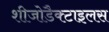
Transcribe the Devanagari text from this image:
शीजोडैक्टाइलस